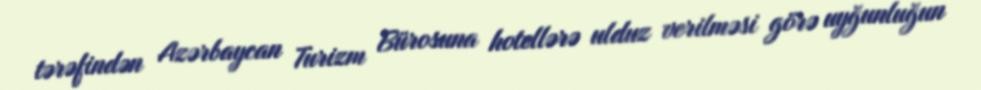
tərəfindən Azərbaycan Turizm Bürosuna hotellərə ulduz verilməsi görə uyğunluğun